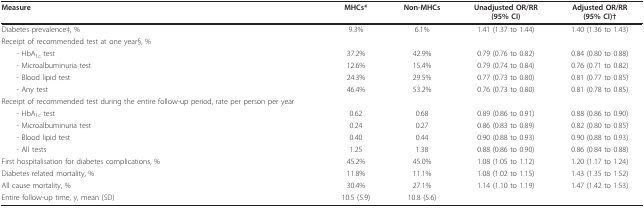
| Measure | MHCs* | Non-MHCs | Unadjusted OR/RR(95% CI) | Adjusted OR/RR(95% CI)† |
 | --- | --- | --- | --- | --- |
 | Diabetes prevalence‡, % | 9.3% | 6.1% | 1.41 (1.37 to 1.44) | 1.40 (1.36 to 1.43) |
 | Receipt of recommended test at one year§, % |  |  |  |  |
 | - HbA1c test | 37.2% | 42.9% | 0.79 (0.76 to 0.82) | 0.84 (0.80 to 0.88) |
 | - Microalbuminuria test | 12.6% | 15.4% | 0.79 (0.74 to 0.84) | 0.76 (0.71 to 0.82) |
 | - Blood lipid test | 24.3% | 29.5% | 0.77 (0.73 to 0.80) | 0.81 (0.77 to 0.85) |
 | - Any test | 46.4% | 53.2% | 0.76 (0.73 to 0.80) | 0.81 (0.78 to 0.85) |
 | Receipt of recommended test during the entire follow-up period, rate per person per year |  |  |  |  |
 | - HbA1c test | 0.62 | 0.68 | 0.89 (0.86 to 0.91) | 0.88 (0.86 to 0.90) |
 | - Microalbuminuria test | 0.24 | 0.27 | 0.86 (0.83 to 0.89) | 0.82 (0.80 to 0.85) |
 | - Blood lipid test | 0.40 | 0.44 | 0.90 (0.88 to 0.93) | 0.90 (0.88 to 0.93) |
 | - All tests | 1.25 | 1.38 | 0.88 (0.86 to 0.90) | 0.86 (0.84 to 0.88) |
 | First hospitalisation for diabetes complications, % | 45.2% | 45.0% | 1.08 (1.05 to 1.12) | 1.20 (1.17 to 1.24) |
 | Diabetes related mortality, % | 11.8% | 11.1% | 1.08 (1.02 to 1.15) | 1.43 (1.35 to 1.52) |
 | All cause mortality, % | 30.4% | 27.1% | 1.14 (1.10 to 1.19) | 1.47 (1.42 to 1.53) |
 | Entire follow-up time, y, mean (SD) | 10.5 (5.9) | 10.8 (5.6) |  |  |